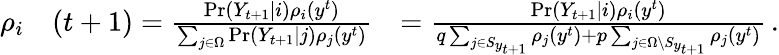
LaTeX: \begin{array}{rlr}{\rho_{i}}&{(t+1)=\frac{\operatorname*{Pr}(Y_{t+1}\mid i)\rho_{i}(y^{t})}{\sum_{j\in\Omega}\operatorname*{Pr}(Y_{t+1}\mid j)\rho_{j}(y^{t})}}&{=\frac{\operatorname*{Pr}(Y_{t+1}\mid i)\rho_{i}(y^{t})}{q\sum_{j\in S_{y_{t+1}}}\rho_{j}(y^{t})+p\sum_{j\in\Omega\setminus S_{y_{t+1}}}\rho_{j}(y^{t})}\, .}\end{array}